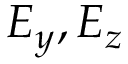
E _ { y } , E _ { z }